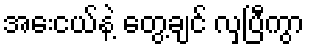
အေးငယ်နဲ့ တွေ့ချင် လှပြီကွာ